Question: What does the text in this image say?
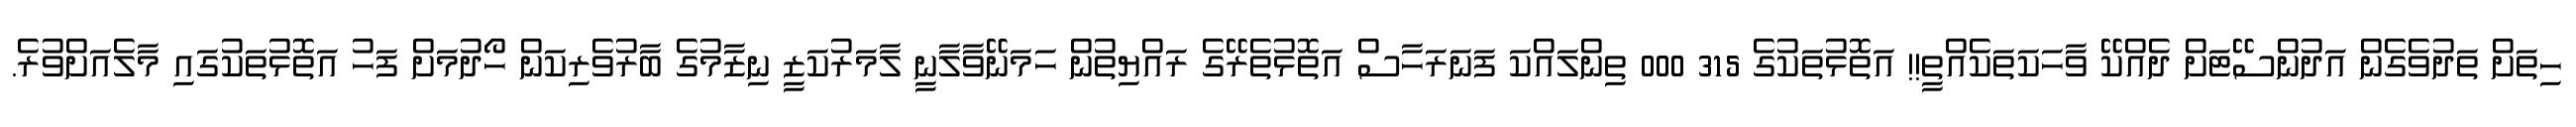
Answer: ހިތަށް ތަދުވެގެން އަދުންސޭޓަށް ދެއްކޭ ވާހަކަތަކެއްތީ!! އަތޮޅުތަކުގެ 315 000 ތިންލައްކަ ފަނަރަހާސް އަތޮޅުތެރޭގެ ރައްޔިތުން ހަމަނޭވާލާނީ ލާމަރުކަޒީ ނިޒާމުގެ ބާރުވެރިކަން ހޯދުމަށް ފަހު އަތޮޅުތަކުގައި މާލެއަށްވުރެ.